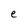
Character: e